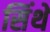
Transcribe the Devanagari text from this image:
सिंथे